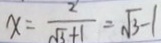
x = \frac { 2 ^ { \prime } } { \sqrt { 3 } + 1 } = \sqrt { 3 } - 1